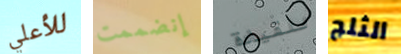
للأعلي إنضممت للقيادة الثلج